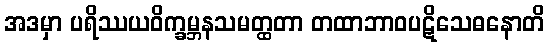
အဒမှာ ပရိဿယဝိက္ခမ္ဘနသမတ္ထတာ တထာဘာဝပဋိသေဓနောတိ